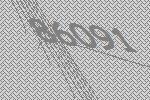
86091